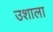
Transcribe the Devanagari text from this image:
उशाला